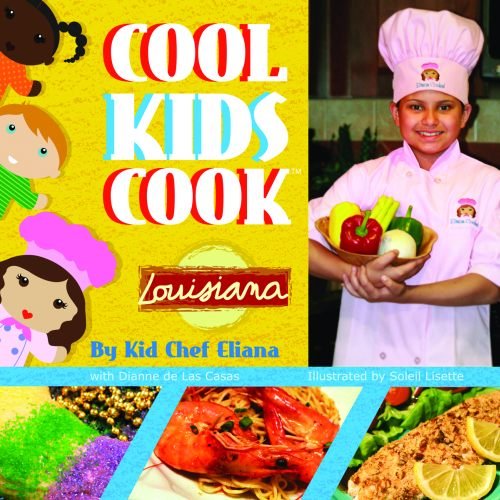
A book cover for Cool Kids Cook: Louisiana; Kid Eliana; Cookbooks, Food & Wine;